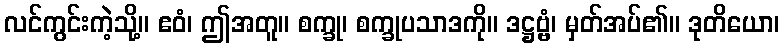
လင်ကွင်းကဲ့သို့။ ဧဝံ၊ ဤအတူ။ စက္ခု၊ စက္ခုပသာဒကို။ ဒဋ္ဌဗ္ဗံ၊ မှတ်အပ်၏။ ဒုတိယော၊